King Institute of Preventive Medicine Bacteriolog. Section reports 1907-08
Year: 1907
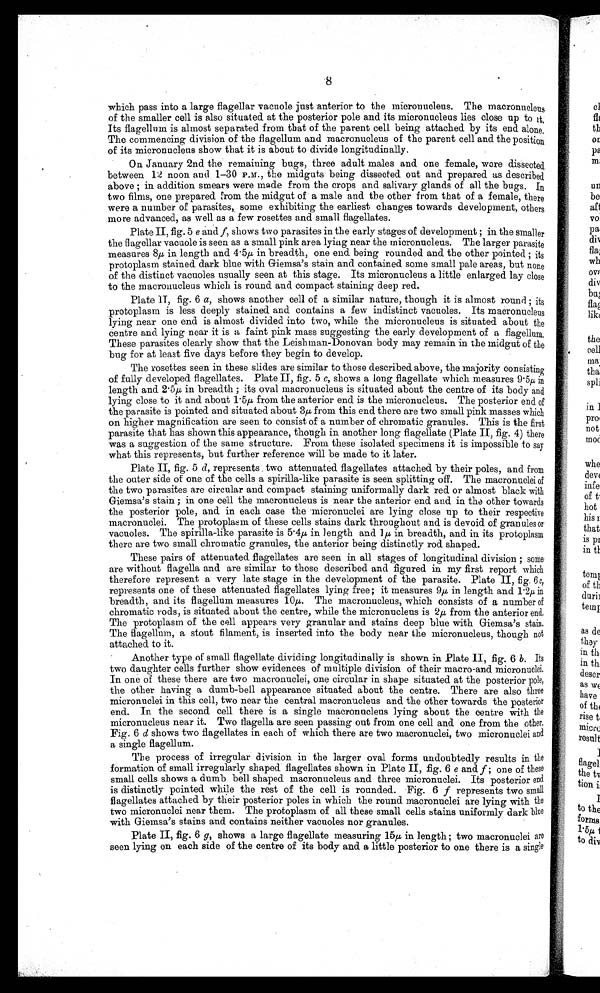
8
which pass into a large flagellar vacuole just anterior to the micronucleus. The macronucleus
of the smaller cell is also situated at the posterior pole and its micronucleus lies close up to it.
Its flagellum is almost separated from that of the parent cell being attached by its end alone.
The commencing division of the flagellum and macronucleus of the parent cell and the position
of its micronucleus show that it is about to divide longitudinally.
On January 2nd the remaining bugs, three adult males and one female, wore dissected
between 12 noon and 1-30 P.M., the midguts being dissected out and prepared as described
above ; in addition smears were made from the crops and salivary glands of all the bugs. In
two films, one prepared from the midgut of a male and the other from that of a female, there
were a number of parasites, some exhibiting the earliest changes towards development, others
more advanced, as well as a few rosettes and small flagellates.
Plate II, fig. 5 e and f, shows two parasites in the early stages of development ; in the smaller
the flagellar vacuole is seen. as a small pink area lying near the micronucleus. The larger parasite
measures 8μ in length and 4 . 5μ in breadth, one end being rounded and the other pointed ; its
protoplasm stained dark blue with Giemsa's stain and contained some small pale areas, but none
of the distinct vacuoles usually seen at this stage. Its micronucleus a little enlarged lay close
to the macronucleus which is round and compact staining deep red.
Plate II, fig. 6 a, shows another cell of a similar nature, though it is almost round ; its
protoplasm is less deeply stained and contains a few indistinct vacuoles. Its macronucleus
lying near one end is almost divided into two, while the micronucleus is situated about the
centre and lying near it is a faint pink mass suggesting the early development of a flagellum,
These parasites clearly show that the Leishman-Donovan body may remain in the midgut of the
bug for at least five days before they begin to develop.
The rosettes seen in these slides are similar to those described above, the majority consisting
of fully developed flagellates. Plate II , fig. 5 c, shows a long flagellate which measures 9 .5μ in
length and 2.5μ in breadth ; its oval macronucleus is situated about the centre of its body and
lying close to it and about 1 . 5μ from the anterior end is the micronucleus. The posterior end of
the parasite is pointed and situated about 3 μ from this end there are two small pink masses which
on higher magnification are seen to consist of a number of chromatic granules. This is the first
parasite that has shown this appearance, though in another long flagellate (Plate II, fig. 4) there
was a suggestion of the same structure. From these isolated specimens it is impossible to say
what this represents, but further reference will be made to it later.
Plate II, fig. 5 d, represents two attenuated flagellates attached by their poles, and from
the outer side of one of the cells a spirilla-like parasite is seen splitting off. The macronuclei of
the two parasites are circular and compact staining uniformally dark red or almost black with
Giemsa's stain ; in one cell the macronucleus is near the anterior end and in the other towards
the posterior pole, and in each case the micronuclei are lying close up to their respective
macronuclei. The protoplasm of these cells stains dark throughout and is devoid of granules or
vacuoles. The spirilla-like parasite is 5 . 4μ in length and l μ in breadth, and in its protoplasm
there are two small chromatic granules, the anterior being distinctly rod shaped.
These pairs of attenuated. flagellates are seen in all stages of longitudinal division ; some
are without flagella and are similar to those described and figured in my first report which
therefore represent a very late stage in the development of the parasite. Plate II, fig. 6c,
represents one of these attenuated flagellates lying free; it measures 9 μ in length and 1.2μ in
breadth, and its flagellum measures 10 μ . The macronucleus, which consists of a number of
chromatic rods, is situated about the centre, while the micronucleus is 2 μ from the anterior end.
The protoplasm of the cell appears very granular and stains deep blue with Giemsa's stain.
The flagellum, a stout filament, is inserted into the body near the micronucleus, though not
attached to it.
Another type of small flagellate dividing longitudinally is shown in Plate II, fig. 6 b. Its
two daughter cells further show evidences of multiple division of their macro-and micronuclei.
In one of these there are two macronuclei, one circular in shape situated at the posterior pole,
the other having a dumb-bell appearance situated about the centre. There are also three
micronuclei in this cell, two near the central macronucleus and the other towards the posterior
end. In the second cell there is a single macronucleus lying about the centre with the
micronucleus near it. Two flagella are seen passing out from one cell and one from the other.
Fig. 6 d shows two flagellates in each of which there are two macronuclei, two micronuclei and
a single flagellum.
The process of irregular division in the larger oval forms undoubtedly results in the
formation of small irregularly shaped flagellates shown in Plate II, fig. 6 e and f ; one of these
small cells shows a dumb bell shaped macronucleus and three micronuclei. Its posterior end
is distinctly pointed while the rest of the cell is rounded. Fig. 6 f represents two small
flagellates attached by their posterior poles in which the round macronuclei are lying with the
two micronuclei near them. The protoplasm of all these small cells stains uniformly dark blue
with Giemsa's stains and contains neither vacuoles nor granules.
Plate II, fig. 6 g, shows a large flagellate measuring 15 μ in length ; two macronuclei are
seen lying on each side of the centre of its body and a little posterior to one there is a single